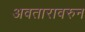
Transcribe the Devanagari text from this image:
अवतारावरुन